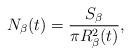
LaTeX: \begin{align*}N_\beta(t) = \frac{S_\beta}{\pi R^2_{\beta}(t)},\end{align*}